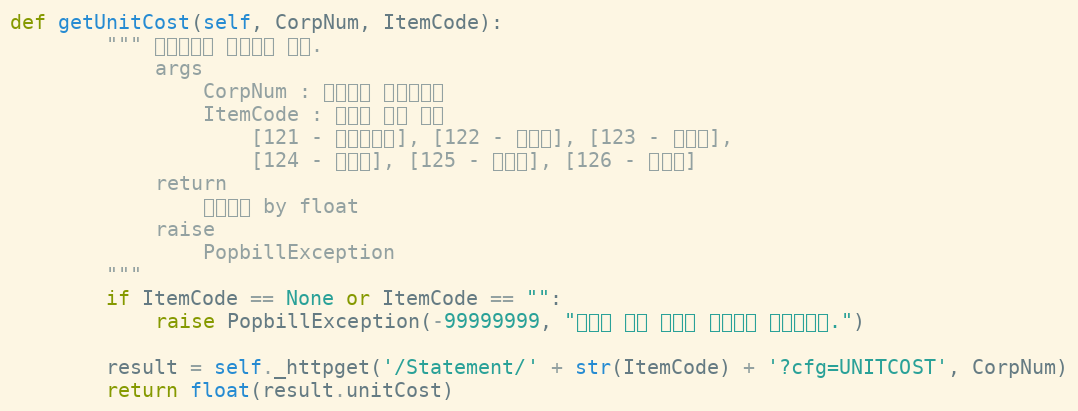
Language: Python
def getUnitCost(self, CorpNum, ItemCode):
        """ 전자명세서 발행단가 확인.
            args
                CorpNum : 팝빌회원 사업자번호
                ItemCode : 명세서 종류 코드
                    [121 - 거래명세서], [122 - 청구서], [123 - 견적서],
                    [124 - 발주서], [125 - 입금표], [126 - 영수증]
            return
                발행단가 by float
            raise
                PopbillException
        """
        if ItemCode == None or ItemCode == "":
            raise PopbillException(-99999999, "명세서 종류 코드가 입력되지 않았습니다.")

        result = self._httpget('/Statement/' + str(ItemCode) + '?cfg=UNITCOST', CorpNum)
        return float(result.unitCost)